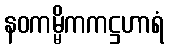
နဝကမ္မိကကဋ္ဌဟာရံ